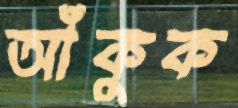
আঁকুক